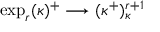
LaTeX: \exp _ { r } ( \kappa ) ^ { + } \longrightarrow ( \kappa ^ { + } ) _ { \kappa } ^ { r + 1 }